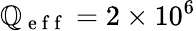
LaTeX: \mathbb{Q}_{\mathrm{{~e~f~f~}}}=2\times10^{6}